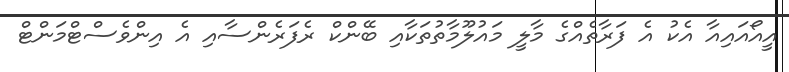
އީއޯއައިއާ އެކު އެ ފަރާތެއްގެ މާލީ މައުލޫމާތުތަކާއި ބޭންކް ރެފަރެންސާއި އެ އިންވެސްޓްމަންޓް